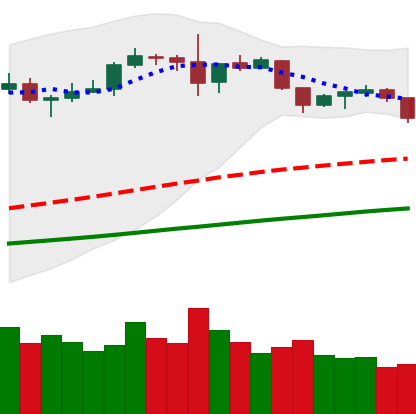
Ticker: ETH-USD
Chart end date: 2019-06-09
Forward return: 13.3%
Label: up_7plus